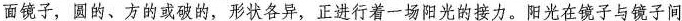
面镜子，圆的、方的或破的，形状各异，正进行着一场阳光的接力。阳光在镜子与镜子间